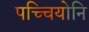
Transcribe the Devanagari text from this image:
पच्चियोनि